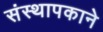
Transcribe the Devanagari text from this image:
संस्थापकाने